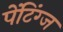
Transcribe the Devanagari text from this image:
पेंटिंग्ज